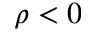
\rho < 0